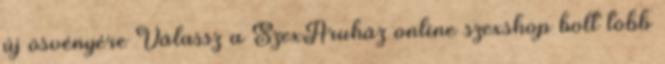
új ösvényére Válassz a SzexÁruház online szexshop bolt több